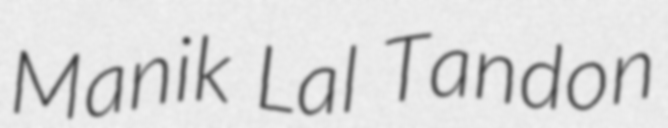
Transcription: Manik Lal Tandon